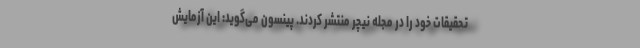
تحقیقات خود را در مجله نیچر منتشر کردند. پینسون می‌گوید: این آزمایش